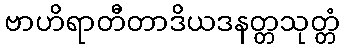
ဗာဟိရာတီတာဒိယဒနတ္တသုတ္တံ